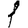
Digit: 1